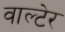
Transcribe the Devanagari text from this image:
वाल्टेर